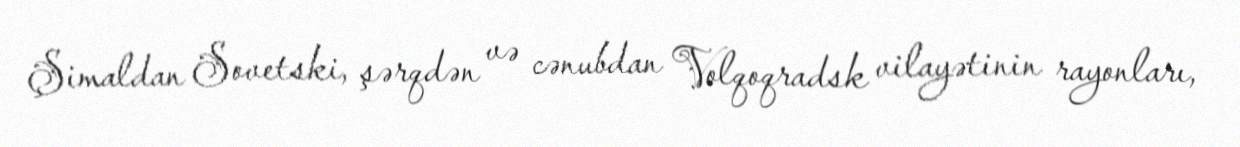
Şimaldan Sovetski, şərqdən və cənubdan Volqoqradsk vilayətinin rayonları,